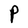
Character: P